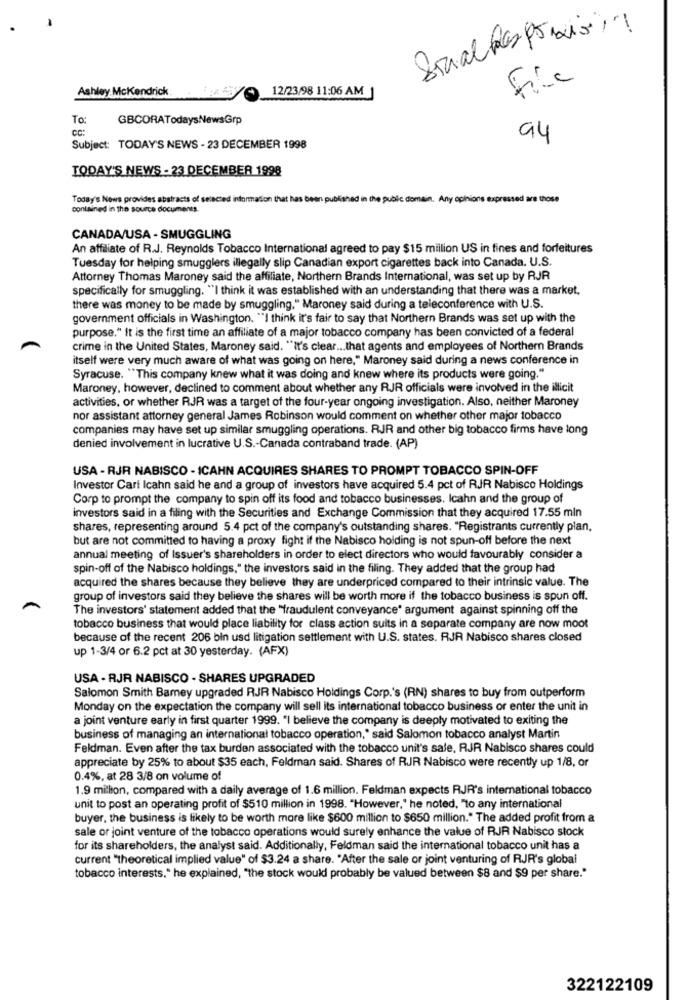
Social Responacion
File
Ashley McKendrick
12/23/98 11:06 AM
GBCORATodaysNewsGrp
cc:
94
Subject: TODAY'S NEWS - 23 DECEMBER 1998
TODAY'S NEWS - 23 DECEMBER 1998
Today's News provides abstracts of selected information that has been published in the public domain. Any opinions expressed are those
contained in the source documents.
CANADA/USA - SMUGGLING
An affiliate of R.J. Reynolds Tobacco International agreed to pay $15 million US in fines and forfeitures
Tuesday for helping smugglers illegally slip Canadian export cigarettes back into Canada. U.S.
Attorney Thomas Maroney said the affiliate, Northern Brands International, was set up by RJR
specifically for smuggling. "I think it was established with an understanding that there was a market,
there was money to be made by smuggling." Maroney said during a teleconference with U.S.
government officials in Washington. "I think it's fair to say that Northern Brands was set up with the
purpose." It is the first time an affiliate of a major tobacco company has been convicted of a federal
crime in the United States, Maroney said. "It's clear ... that agents and employees of Northern Brands
itself were very much aware of what was going on here," Maroney said during a news conference in
Syracuse. "This company knew what it was doing and knew where its products were going."
Maroney, however, declined to comment about whether any RJR officials were involved in the illicit
activities, or whether RJR was a target of the four-year ongoing investigation. Also, neither Maroney
nor assistant attorney general James Robinson would comment on whether other major tobacco
companies may have set up similar smuggling operations. RJR and other big tobacco firms have long
denied involvement in lucrative U.S .- Canada contraband trade. (AP)
USA - RJR NABISCO - ICAHN ACQUIRES SHARES TO PROMPT TOBACCO SPIN-OFF
Investor Carl Icahn said he and a group of investors have acquired 5.4 pct of RJJR Nabisco Holdings
Corp to prompt the company to spin off its food and tobacco businesses. Icahn and the group of
investors said in a filing with the Securities and Exchange Commission that they acquired 17.55 mln
shares, representing around 5.4 pct of the company's outstanding shares. "Registrants currently plan,
but are not committed to having a proxy fight if the Nabisco holding is not spun-off before the next
annual meeting of Issuer's shareholders in order to elect directors who would favourably consider a
spin-off of the Nabisco holdings," the investors said in the filing. They added that the group had
acquired the shares because they believe they are underpriced compared to their intrinsic value. The
group of investors said they believe the shares will be worth more if the tobacco business is spun off.
The investors' statement added that the "fraudulent conveyance" argument against spinning off the
tobacco business that would place liability for class action suits in a separate company are now moot
because of the recent 206 bin usd litigation settlement with U.S. states. RJR Nabisco shares closed
up 1-3/4 or 6.2 pct at 30 yesterday. (AFX)
USA - RJR NABISCO - SHARES UPGRADED
Salomon Smith Bamey upgraded RJR Nabisco Holdings Corp.'s (RN) shares to buy from outperform
Monday on the expectation the company will sell its international tobacco business or enter the unit in
a joint venture early in first quarter 1999. "I believe the company is deeply motivated to exiting the
business of managing an international tobacco operation," said Salomon tobacco analyst Martin
Feldman. Even after the tax burden associated with the tobacco unit's sale, RJR Nabisco shares could
appreciate by 25% to about $35 each, Feldman said. Shares of RJR Nabisco were recently up 1/8, or
0.4%, at 28 3/8 on volume of
1.9 million, compared with a daily average of 1.6 million. Feldman expects RJR's international tobacco
unit to post an operating profit of $510 million in 1998. "However," he noted, "to any international
buyer, the business is likely to be worth more like $600 million to $650 million." The added profit from a
sale or joint venture of the tobacco operations would surely enhance the value of RJR Nabisco stock
for its shareholders, the analyst said. Additionally, Feldman said the international tobacco unit has a
current "theoretical implied value" of $3.24 a share. "After the sale or joint venturing of RJR's global
tobacco interests." he explained, "the stock would probably be valued between $8 and $9 per share."
322122109